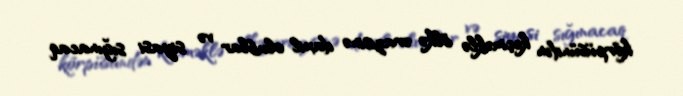
körpüsündən keçməklə ölkə ərazisinə daxil olublar və siyasi sığınacaq